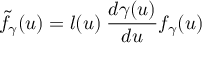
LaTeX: { \tilde { f } } _ { \gamma } ( u ) = l ( u ) \: \frac { d \gamma ( u ) } { d u } f _ { \gamma } ( u )